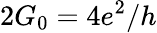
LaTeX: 2G_{0}=4e^{2}/h